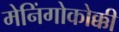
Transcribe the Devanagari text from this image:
मेनिंगोकोक्की